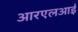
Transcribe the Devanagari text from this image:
आरएलआई